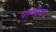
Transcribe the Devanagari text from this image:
पानावे